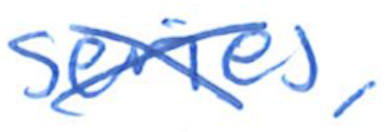
Text: series,
Cross-out: cross
Writing tool: ballpoint